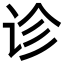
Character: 诊